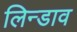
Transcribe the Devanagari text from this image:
लिन्डाव